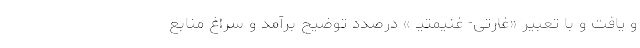
و یافت و با تعبیر «غارتی- غنیمتیـ » درصدد توضیح برآمد و سراغ منابع